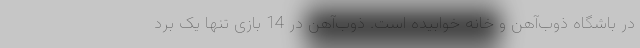
در باشگاه ذوب‌آهن و خانه خوابیده است. ذوب‌آهن در 14 بازی تنها یک برد